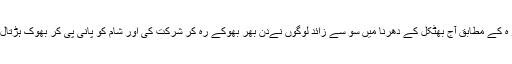
ایک انداز ہ کے مطابق آج بھٹکل کے دھرنا میں سو سے زائد لوگوں نےدن بھر بھوکے رہ کر شرکت کی اور شام کو پانی پی کر بھوک ہڑتال ختم کی ۔